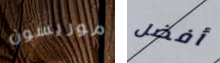
موريسون أفضل